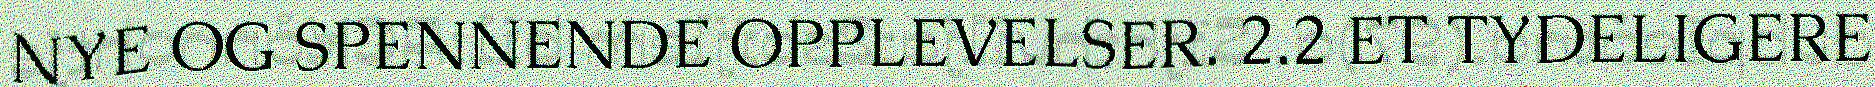
NYE OG SPENNENDE OPPLEVELSER. 2.2 ET TYDELIGERE